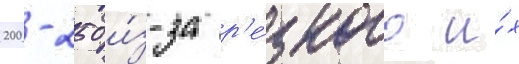
200-250 и́з-за р'е́зкого и́х